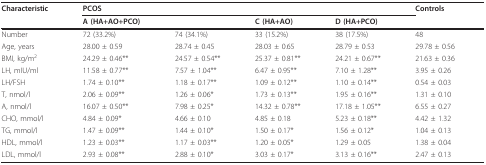
<table><thead><tr><td><b>Characteristic</b></td><td colspan="4"><b>PCOS</b></td><td><b>Controls</b></td></tr><tr><td></td><td><b>A (HA+AO+PCO)</b></td><td></td><td><b>C (HA+AO)</b></td><td><b>D (HA+PCO)</b></td><td></td></tr></thead><tbody><tr><td>Number</td><td>72 (33.2%)</td><td>74 (34.1%)</td><td>33 (15.2%)</td><td>38 (17.5%)</td><td>48</td></tr><tr><td>Age, years</td><td>28.00 ± 0.59</td><td>28.74 ± 0.45</td><td>28.03 ± 0.65</td><td>28.79 ± 0.53</td><td>29.78 ± 0.56</td></tr><tr><td>BMI, kg/m<sup>2</sup></td><td>24.29 ± 0.46**</td><td>24.57 ± 0.54**</td><td>25.37 ± 0.81**</td><td>24.21 ± 0.67**</td><td>21.63 ± 0.36</td></tr><tr><td>LH, mIU/ml</td><td>11.58 ± 0.77**</td><td>7.57 ± 1.04**</td><td>6.47 ± 0.95**</td><td>7.10 ± 1.28**</td><td>3.95 ± 0.26</td></tr><tr><td>LH/FSH</td><td>1.74 ± 0.10**</td><td>1.18 ± 0.17**</td><td>1.09 ± 0.12**</td><td>1.10 ± 0.14**</td><td>0.54 ± 0.03</td></tr><tr><td>T, nmol/l</td><td>2.06 ± 0.09**</td><td>1.26 ± 0.06*</td><td>1.73 ± 0.13**</td><td>1.95 ± 0.16**</td><td>1.31 ± 0.10</td></tr><tr><td>A, nmol/l</td><td>16.07 ± 0.50**</td><td>7.98 ± 0.25*</td><td>14.32 ± 0.78**</td><td>17.18 ± 1.05**</td><td>6.55 ± 0.27</td></tr><tr><td>CHO, mmol/l</td><td>4.84 ± 0.09*</td><td>4.66 ± 0.10</td><td>4.85 ± 0.18</td><td>5.23 ± 0.18**</td><td>4.42 ± 1.32</td></tr><tr><td>TG, mmol/l</td><td>1.47 ± 0.09**</td><td>1.44 ± 0.10*</td><td>1.50 ± 0.17*</td><td>1.56 ± 0.12*</td><td>1.04 ± 0.13</td></tr><tr><td>HDL, mmol/l</td><td>1.23 ± 0.03**</td><td>1.17 ± 0.03**</td><td>1.20 ± 0.05*</td><td>1.29 ± 0.05</td><td>1.38 ± 0.04</td></tr><tr><td>LDL, mmol/l</td><td>2.93 ± 0.08**</td><td>2.88 ± 0.10*</td><td>3.03 ± 0.17*</td><td>3.13 ± 0.16**</td><td>2.47 ± 0.13</td></tr></tbody></table>